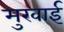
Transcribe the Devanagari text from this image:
मुखाई